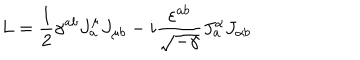
LaTeX: L = \frac { 1 } { 2 } \gamma ^ { a b } J _ { a } ^ { \mu } J _ { \mu b } - i \frac { \varepsilon ^ { a b } } { \sqrt { - \gamma } } J _ { a } ^ { \alpha } J _ { \alpha b } \nonumber